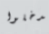
يدخلوا